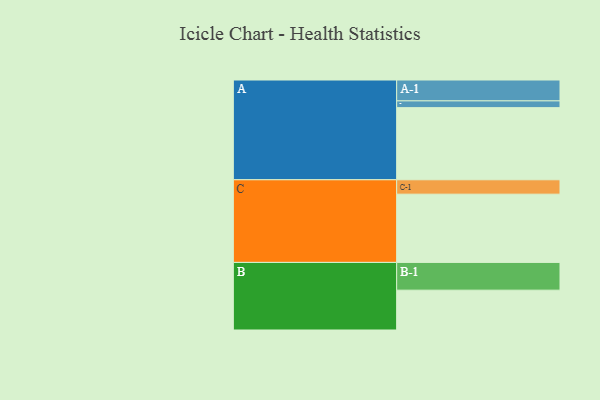
{"axis": {"x": "Segment", "y": "Value"}, "legend": ["", "A", "B", "C"], "data": [{"x": "A", "y": 556, "type": ""}, {"x": "B", "y": 307, "type": ""}, {"x": "C", "y": 526, "type": ""}, {"x": "A-1", "y": 161, "type": "A"}, {"x": "A-2", "y": 52, "type": "A"}, {"x": "B-1", "y": 214, "type": "B"}, {"x": "C-1", "y": 111, "type": "C"}]}